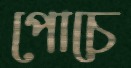
পোচে